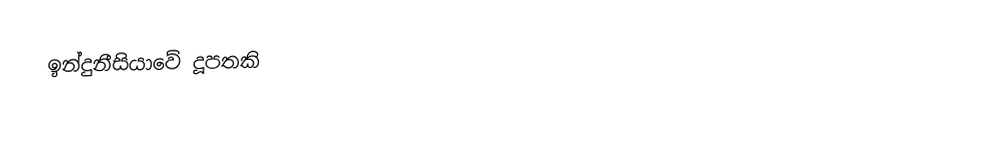
ඉන්දුනීසියාවේ දූපතකි